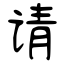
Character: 请